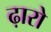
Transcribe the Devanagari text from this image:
ढ़ारो